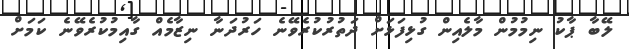
ލޭބާ ޕާކު ނިމުމުން މާލެއިން ގުޅިފަޅަށް ދަތުރުކުރެވޭނެ ހަރުދަނާ ނިޒާމެއް ގާއިމުކުރެވޭނެ ކަމަށް